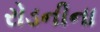
રોડનીના